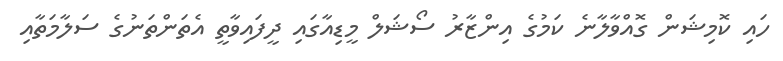
ހައި ކޮމިޝަން ގޮއްވާލާނެ ކަމުގެ އިންޒާރު ސޯޝަލް މީޑިއާގައި ދީފައިވާތީ އެތަންތަނުގެ ސަލާމަތާއި